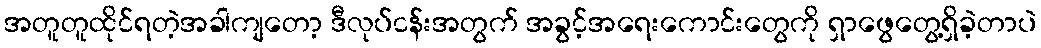
အတူတူထိုင်ရတဲ့အခါကျတော့ ဒီလုပ်ငန်းအတွက် အခွင့်အရေးကောင်းတွေကို ရှာဖွေတွေ့ရှိခဲ့တာပဲ